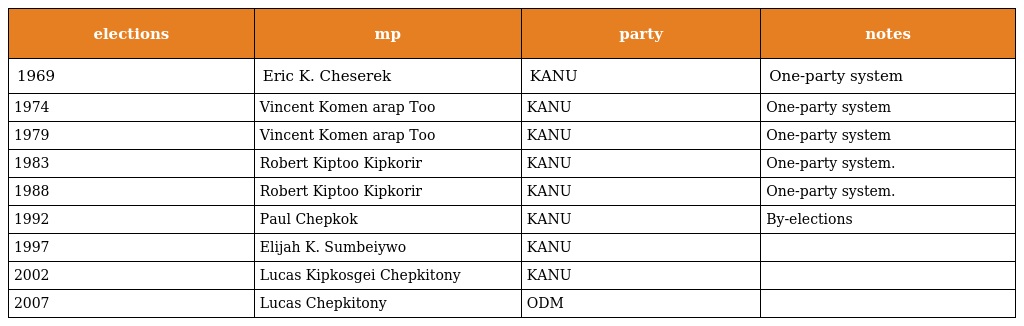
| elections | mp | party | notes |
 | --- | --- | --- | --- |
 | 1969 | Eric K. Cheserek | KANU | One-party system |
 | 1974 | Vincent Komen arap Too | KANU | One-party system |
 | 1979 | Vincent Komen arap Too | KANU | One-party system |
 | 1983 | Robert Kiptoo Kipkorir | KANU | One-party system. |
 | 1988 | Robert Kiptoo Kipkorir | KANU | One-party system. |
 | 1992 | Paul Chepkok | KANU | By-elections |
 | 1997 | Elijah K. Sumbeiywo | KANU |  |
 | 2002 | Lucas Kipkosgei Chepkitony | KANU |  |
 | 2007 | Lucas Chepkitony | ODM |  |